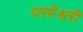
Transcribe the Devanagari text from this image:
परमेंश्वरी